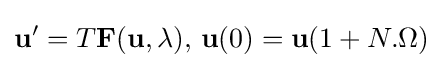
\mathbf {u} '=T\mathbf {F} (\mathbf {u} ,\lambda ),\,\mathbf {u} (0)=\mathbf {u} (1+N.\Omega )